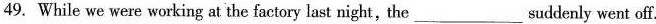
49. While we were working at the factory last night, the___suddenly went off.